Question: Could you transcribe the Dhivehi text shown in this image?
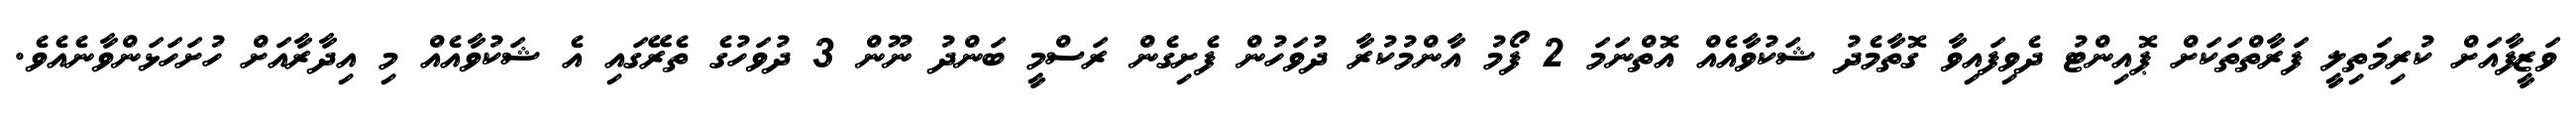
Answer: ވަޒީފާއަށް ކުރިމަތިލީ ފަރާތްތަކަށް ޕޮއިންޓު ދެވިފައިވާ ގޮތާމެދު ޝަކުވާއެއް އޮތްނަމަ 2 ފޯމު އާންމުކުރާ ދުވަހުން ފެށިގެން ރަސްމީ ބަންދު ނޫން 3 ދުވަހުގެ ތެރޭގައި އެ ޝަކުވާއެއް މި އިދާރާއަށް ހުށަހަޅަންވާނެއެވެ.